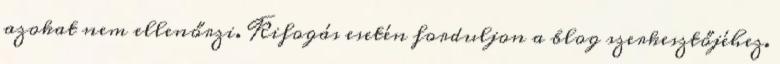
azokat nem ellenőrzi. Kifogás esetén forduljon a blog szerkesztőjéhez.